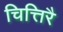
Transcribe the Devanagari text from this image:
चित्तिरै